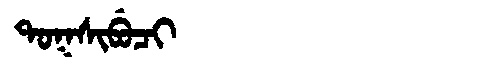
Manchu: ᡨᠣᡴᠰᡳᠪᡠᠴᡳ
Romanization: TOKSIBUCI